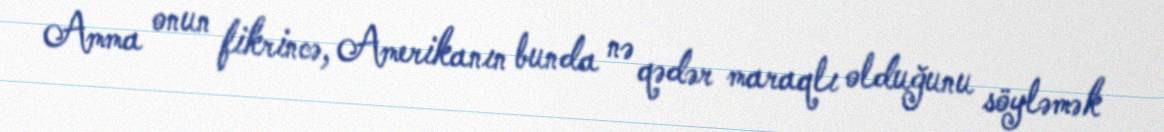
Amma onun fikrincə, Amerikanın bunda nə qədər maraqlı olduğunu söyləmək